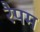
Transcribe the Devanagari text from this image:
रैपम